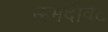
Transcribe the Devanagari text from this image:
ऊमदीवट